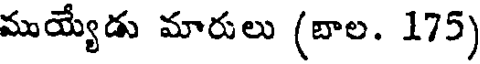
ముయ్యేడు మారులు (బాల. 175)